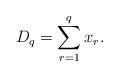
LaTeX: \begin{align*}D_{q}=\sum_{r=1}^{q}x_{r}.\end{align*}